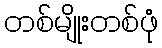
တစ်မျိုးတစ်ဖုံ